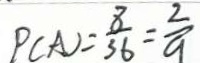
P ( A ) = \frac { 8 } { 3 6 } = \frac { 2 } { 9 }